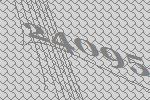
24095